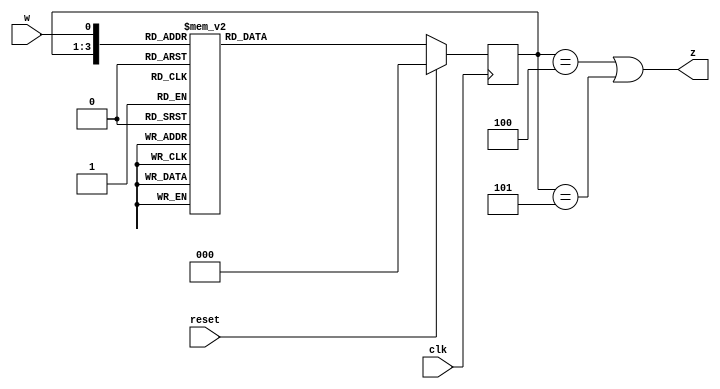
module top_module (
    input clk,
    input reset,     // synchronous reset
    input w,
    output z
  );

    parameter A=3'b000, B=3'b001, C=3'b010, D=3'b011, E=3'b100, F=3'b101;
    reg [2:0] state, next_state;
    
    always@(*) begin
        case({state, w})
            {A, 1'b0}:  next_state = A;
            {A, 1'b1}:  next_state = B;
            {B, 1'b0}:  next_state = D;
            {B, 1'b1}:  next_state = C;
            {C, 1'b0}:  next_state = D;
            {C, 1'b1}:  next_state = E;
            {D, 1'b0}:  next_state = A;
            {D, 1'b1}:  next_state = F;
            {E, 1'b0}:  next_state = D;
            {E, 1'b1}:  next_state = E;
            {F, 1'b0}:  next_state = D;
            {F, 1'b1}:  next_state = C;
            default : next_state = A;
        endcase
    end
    
    always@(posedge clk) begin
        if(reset)
            state <= A;
        else
            state <= next_state;
    end
    
    assign z = (state == E || state == F);
    
endmodule